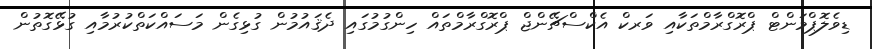
ޑިވެލޮޕްމަންޓް ޕްރޮގްރާމްތަކާއި ވަރކް އެކްސްޗޭންޖް ޕްރޮގްރާމްތައް ހިންގުމުގައި ދެޤައުމުން ގުޅިގެން މަސައްކަތްކުރުމާއި ގުޅޭގޮތުން